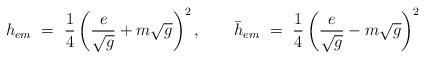
LaTeX: \begin{align*}h_{em}~=~{1\over 4}\left({e\over\sqrt{g}}+m\sqrt{g}\right)^2,\qquad\bar{h}_{em}~=~{1\over 4}\left({e\over\sqrt{g}}-m\sqrt{g}\right)^2\end{align*}